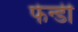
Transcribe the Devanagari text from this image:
फेन्डी